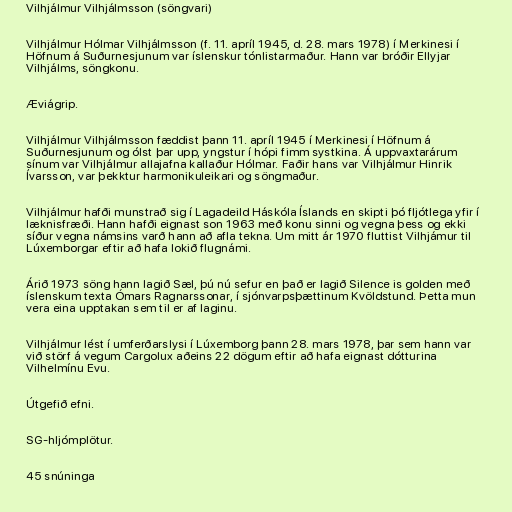
Vilhjálmur Vilhjálmsson (söngvari)

Vilhjálmur Hólmar Vilhjálmsson (f. 11. apríl 1945, d. 28. mars 1978) í Merkinesi í
Höfnum á Suðurnesjunum var íslenskur tónlistarmaður. Hann var bróðir Ellyjar
Vilhjálms, söngkonu.

Æviágrip.

Vilhjálmur Vilhjálmsson fæddist þann 11. apríl 1945 í Merkinesi í Höfnum á
Suðurnesjunum og ólst þar upp, yngstur í hópi fimm systkina. Á uppvaxtarárum
sínum var Vilhjálmur allajafna kallaður Hólmar. Faðir hans var Vilhjálmur Hinrik
Ívarsson, var þekktur harmonikuleikari og söngmaður.

Vilhjálmur hafði munstrað sig í Lagadeild Háskóla Íslands en skipti þó fljótlega yfir í
læknisfræði. Hann hafði eignast son 1963 með konu sinni og vegna þess og ekki
síður vegna námsins varð hann að afla tekna. Um mitt ár 1970 fluttist Vilhjámur til
Lúxemborgar eftir að hafa lokið flugnámi.

Árið 1973 söng hann lagið Sæl, þú nú sefur en það er lagið Silence is golden með
íslenskum texta Ómars Ragnarssonar, í sjónvarpsþættinum Kvöldstund. Þetta mun
vera eina upptakan sem til er af laginu.

Vilhjálmur lést í umferðarslysi í Lúxemborg þann 28. mars 1978, þar sem hann var
við störf á vegum Cargolux aðeins 22 dögum eftir að hafa eignast dótturina
Vilhelmínu Evu.

Útgefið efni.

SG-hljómplötur.

45 snúninga